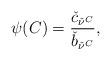
LaTeX: \begin{align*}\psi(C) = \frac{\check c_{ \check\nu^C} }{ \check b_{\check \nu^C} },\end{align*}